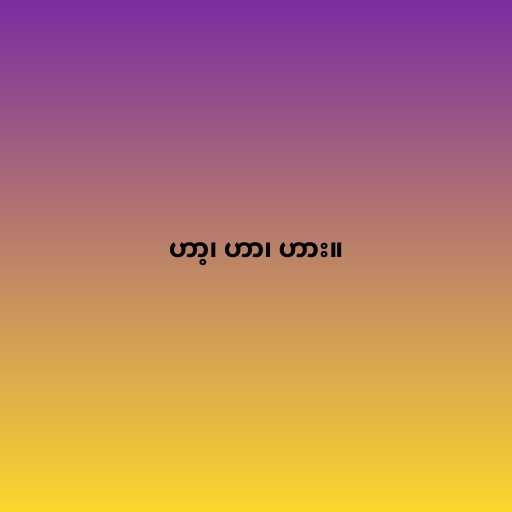
ဟာ့၊ ဟာ၊ ဟား။